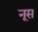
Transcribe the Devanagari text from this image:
नूस